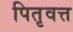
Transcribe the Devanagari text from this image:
पितृवत्त